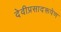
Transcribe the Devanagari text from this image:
देवीप्रसादरूपेण